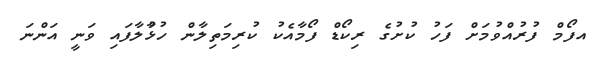
އފޯމް ފުރުއްވުމަށް ފަހު ކުށުގެ ރިކޯޑް ފޯމާއެކު ކުރިމަތިލާން ހުޅުާލާފައި ވަނީ އަންނަ